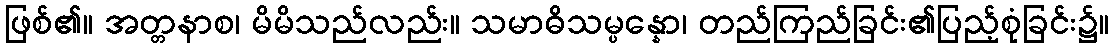
ဖြစ်၏။ အတ္တနာစ၊ မိမိသည်လည်း။ သမာဓိသမ္ပန္နော၊ တည်ကြည်ခြင်း၏ပြည့်စုံခြင်း၌။